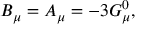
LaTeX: B _ { \mu } = A _ { \mu } = - 3 G _ { \mu } ^ { 0 } ,